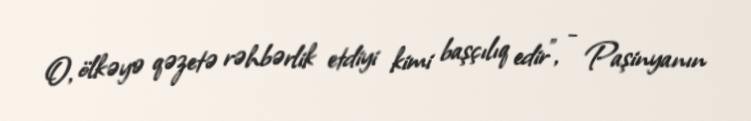
O, ölkəyə qəzetə rəhbərlik etdiyi kimi başçılıq edir", - Paşinyanın